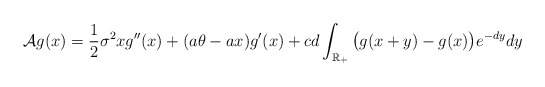
\begin{align*}\mathcal{A}g(x)=\frac{1}{2}\sigma^2xg''(x)+(a\theta-ax)g'(x)+cd\int_{\mathbb{R}_{+}}\big(g(x+y)-g(x)\big)e^{-dy}dy\end{align*}